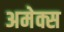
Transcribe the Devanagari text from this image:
अमेक्स